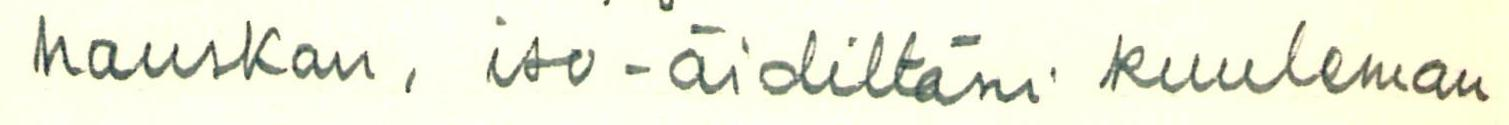
hauskan, iso-äidiltäni kuuleman